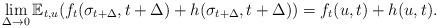
LaTeX: \begin{align*}\lim_{\Delta\to 0} \mathbb E_{t,u}(f_t(\sigma_{t+\Delta},t+\Delta)+h(\sigma_{t+\Delta},t+\Delta))=f_t(u,t)+h(u,t).\end{align*}